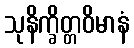
သုနိက္ခိတ္တဝိမာနံ